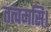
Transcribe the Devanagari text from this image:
तत्वमसि।